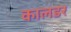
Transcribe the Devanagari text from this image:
कालडर